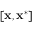
[ \mathbf { x } , \mathbf { x } ^ { * } ]